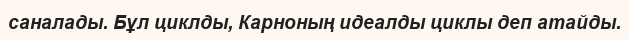
саналады. Бұл циклды, Карноның идеалды циклы деп атайды.